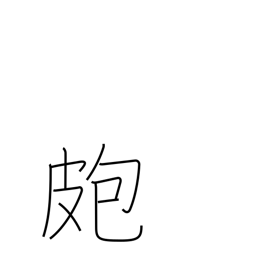
Meaning: pimple